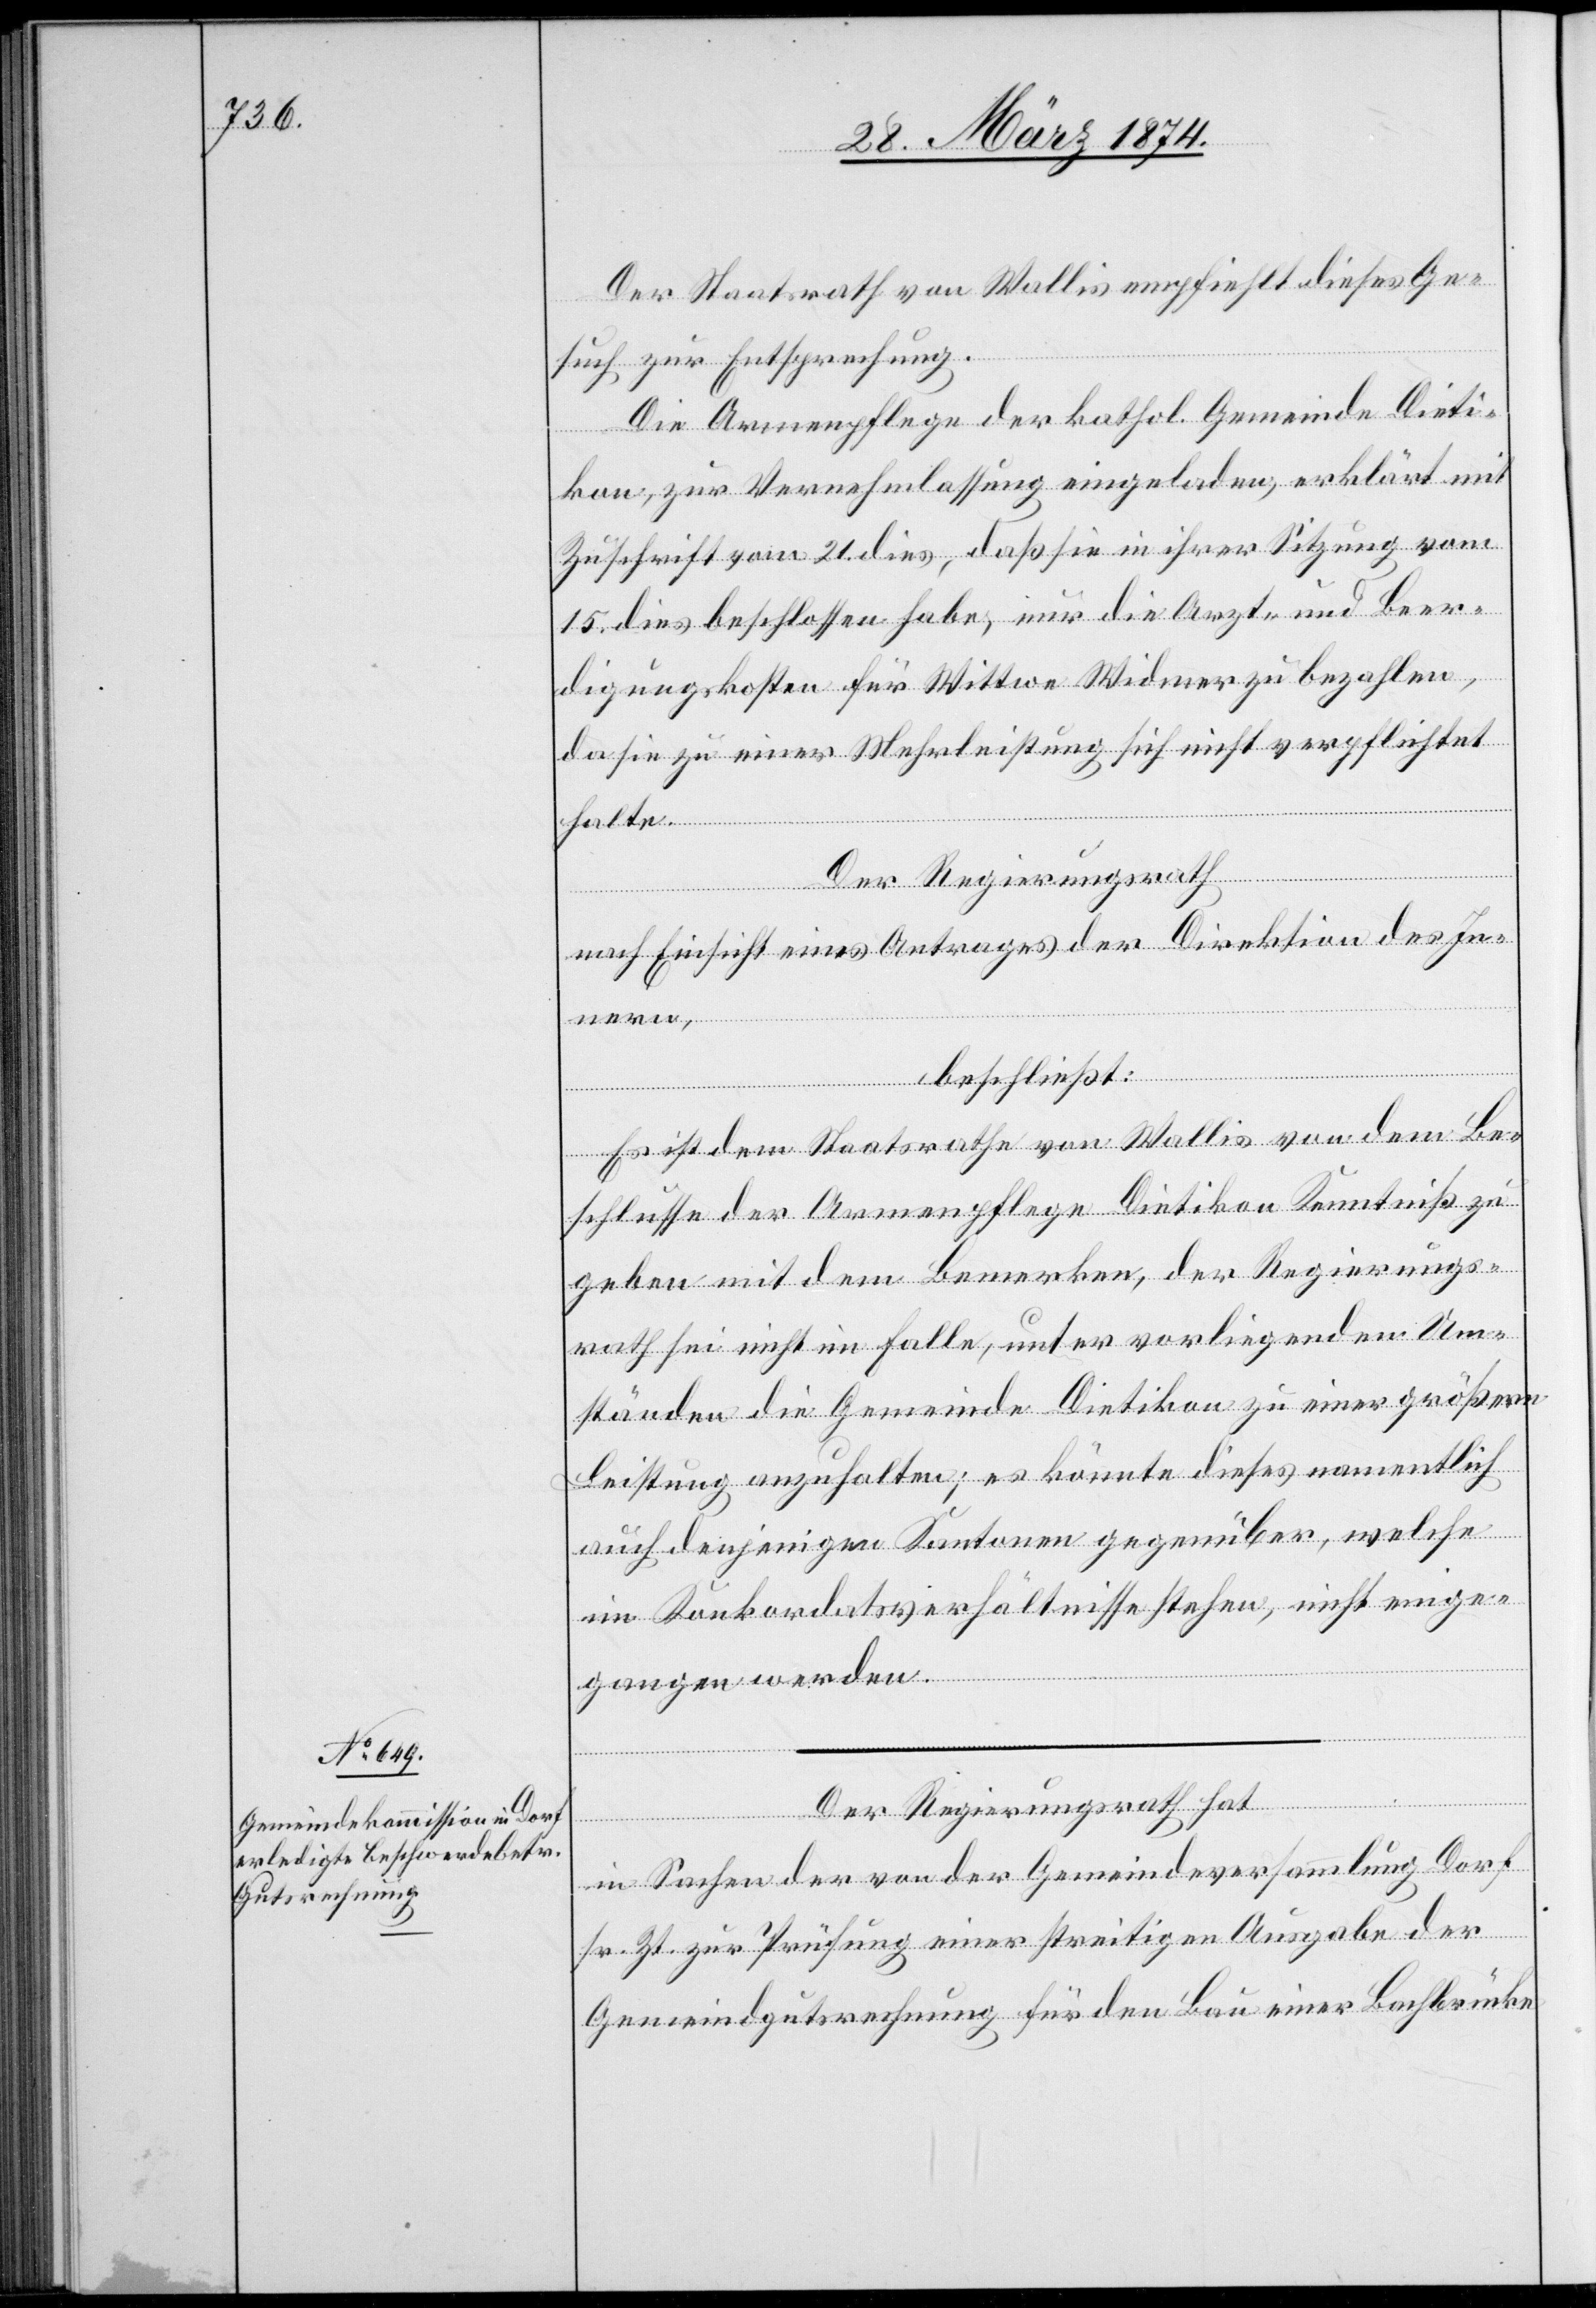
Der Staatsrath von Wallis empfiehlt dieses Ge¬
such zur Entsprechung.
Die Armenpflege der kathol. Gemeinde Dieti¬
kon, zur Vernehmlassung eingeladen, erklärt mit
Zuschrift vom 21. dies, daß sie in ihrer Sitzung vom
15. dies beschlossen habe, nur die Arzt- und Beer¬
digungskosten für Wittwe Widmer zu bezahlen,
da sie zu einer Mehrleistung sich nicht verpflichtet
halte.
Der Regierungsrath
nach Einsicht eines Antrages der Direktion des In¬
nern,
beschließt:
Es ist dem Staatsrathe von Wallis von dem Be¬
schlusse der Armenpflege Dietikon Kenntniß zu
geben mit dem Bemerken, der Regierungs¬
rath sei nicht im Falle, unter vorliegenden Um¬
ständen die Gemeinde Dietikon zu einer größeren
Leistung anzuhalten; es könnte dieses namentlich
auch denjenigen Kantonen gegenüber, welche
im Konkordatsverhältnisse stehen, nicht einge¬
gangen werden.
Der Regierungsrath hat
in Sachen der von der Gemeindeversammlung Dorf
sr. Zt. zur Prüfung einer streitigen Ausgabe der
Gemeindgutsrechnung für den Bau einer Bachbrücke